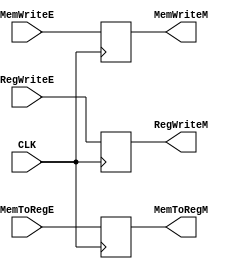
module EX_MEM_CU(
    input CLK,
    input RegWriteE, MemToRegE, MemWriteE,
    output reg RegWriteM, MemToRegM, MemWriteM
);

    always @(posedge CLK) begin
        RegWriteM <= RegWriteE;
        MemToRegM <= MemToRegE;
        MemWriteM <= MemWriteE;
    end

endmodule